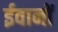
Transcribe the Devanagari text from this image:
ईवानों